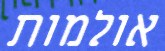
אולמות